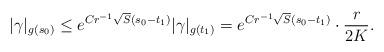
LaTeX: \begin{align*} |\gamma|_{g(s_0)} \leq e^{Cr^{-1} \sqrt{S} (s_0-t_1)} |\gamma|_{g(t_1)}= e^{Cr^{-1} \sqrt{S} (s_0-t_1)} \cdot \frac{r}{2K}. \end{align*}